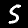
Label: 5